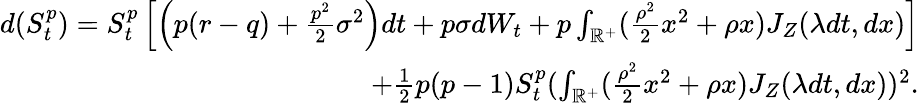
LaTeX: \begin{array}{r}{d(S_{t}^{p})=S_{t}^{p}\left[\left(p(r-q)+\frac{p^{2}}{2}\sigma^{2}\right)dt+p\sigma dW_{t}+p\int_{\mathbb{R}^{+}}(\frac{\rho^{2}}{2}x^{2}+\rho x){J}_{Z}(\lambda dt,dx)\right]}\\ {+\frac{1}{2}p(p-1)S_{t}^{p}(\int_{\mathbb{R}^{+}}(\frac{\rho^{2}}{2}x^{2}+\rho x){J}_{Z}(\lambda dt,dx))^{2}.}\end{array}